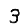
Digit: 3